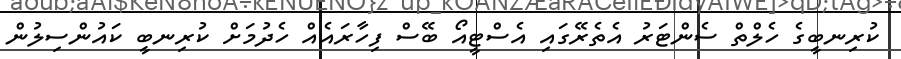
ކުރިނބީގެ ހެލްތް ސެންޓަރު އެތެރޭގައި އެސްޓީއޯ ބޭސް ފިހާރައެއް ހެދުމަށް ކުރިނބީ ކައުންސިލުން